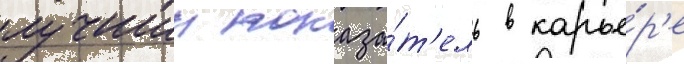
лучшии показа́т'ель в карье́р'е